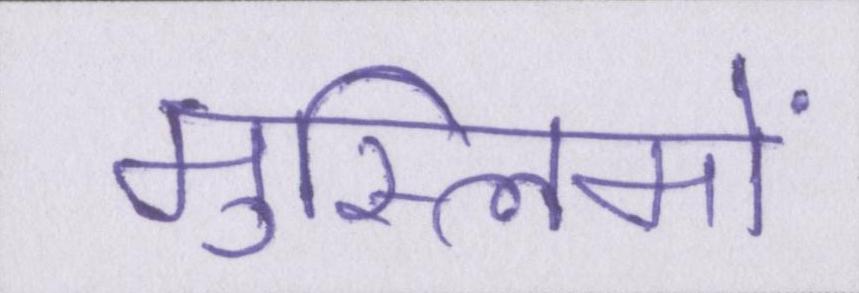
मुस्लिमों